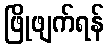
ဖြိုဖျက်ရန်